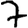
Digit: 7